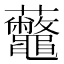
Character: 虌